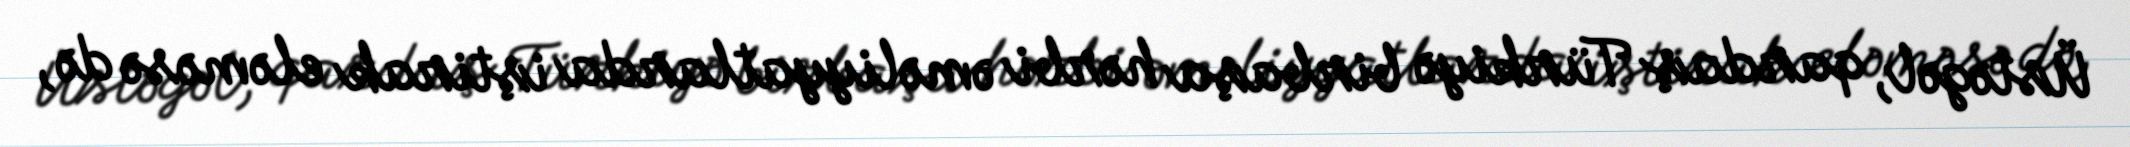
Üstəgəl, qardaş Türkiyə birbaşa hərbi əməliyyatlarda iştirak eləməsə də,